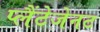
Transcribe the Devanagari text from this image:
प्लैंटेजेनट